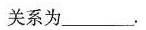
关系为_______。